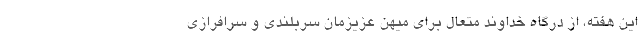
این هفته، از درگاه خداوند متعال برای میهن عزیزمان سربلندی و سرافرازی